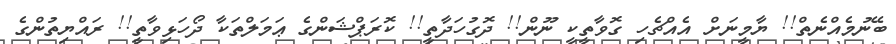
ބޭނުމެއްނެތް!! ޔާމީނަށް އެއްޗެހި ގޮވާތީކީ ނޫން!! ދޮގުހަދާތީ!! ކޮރަޕްޝަންގެ ޢަމަލްތަކާ ދޯހަޅިވާތީ!! ރައްޔިތުންގެ